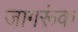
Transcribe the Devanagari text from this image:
जागरूंक